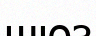
шюз